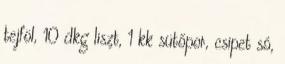
tejföl, 10 dkg liszt, 1 kk sütőpor, csipet só,